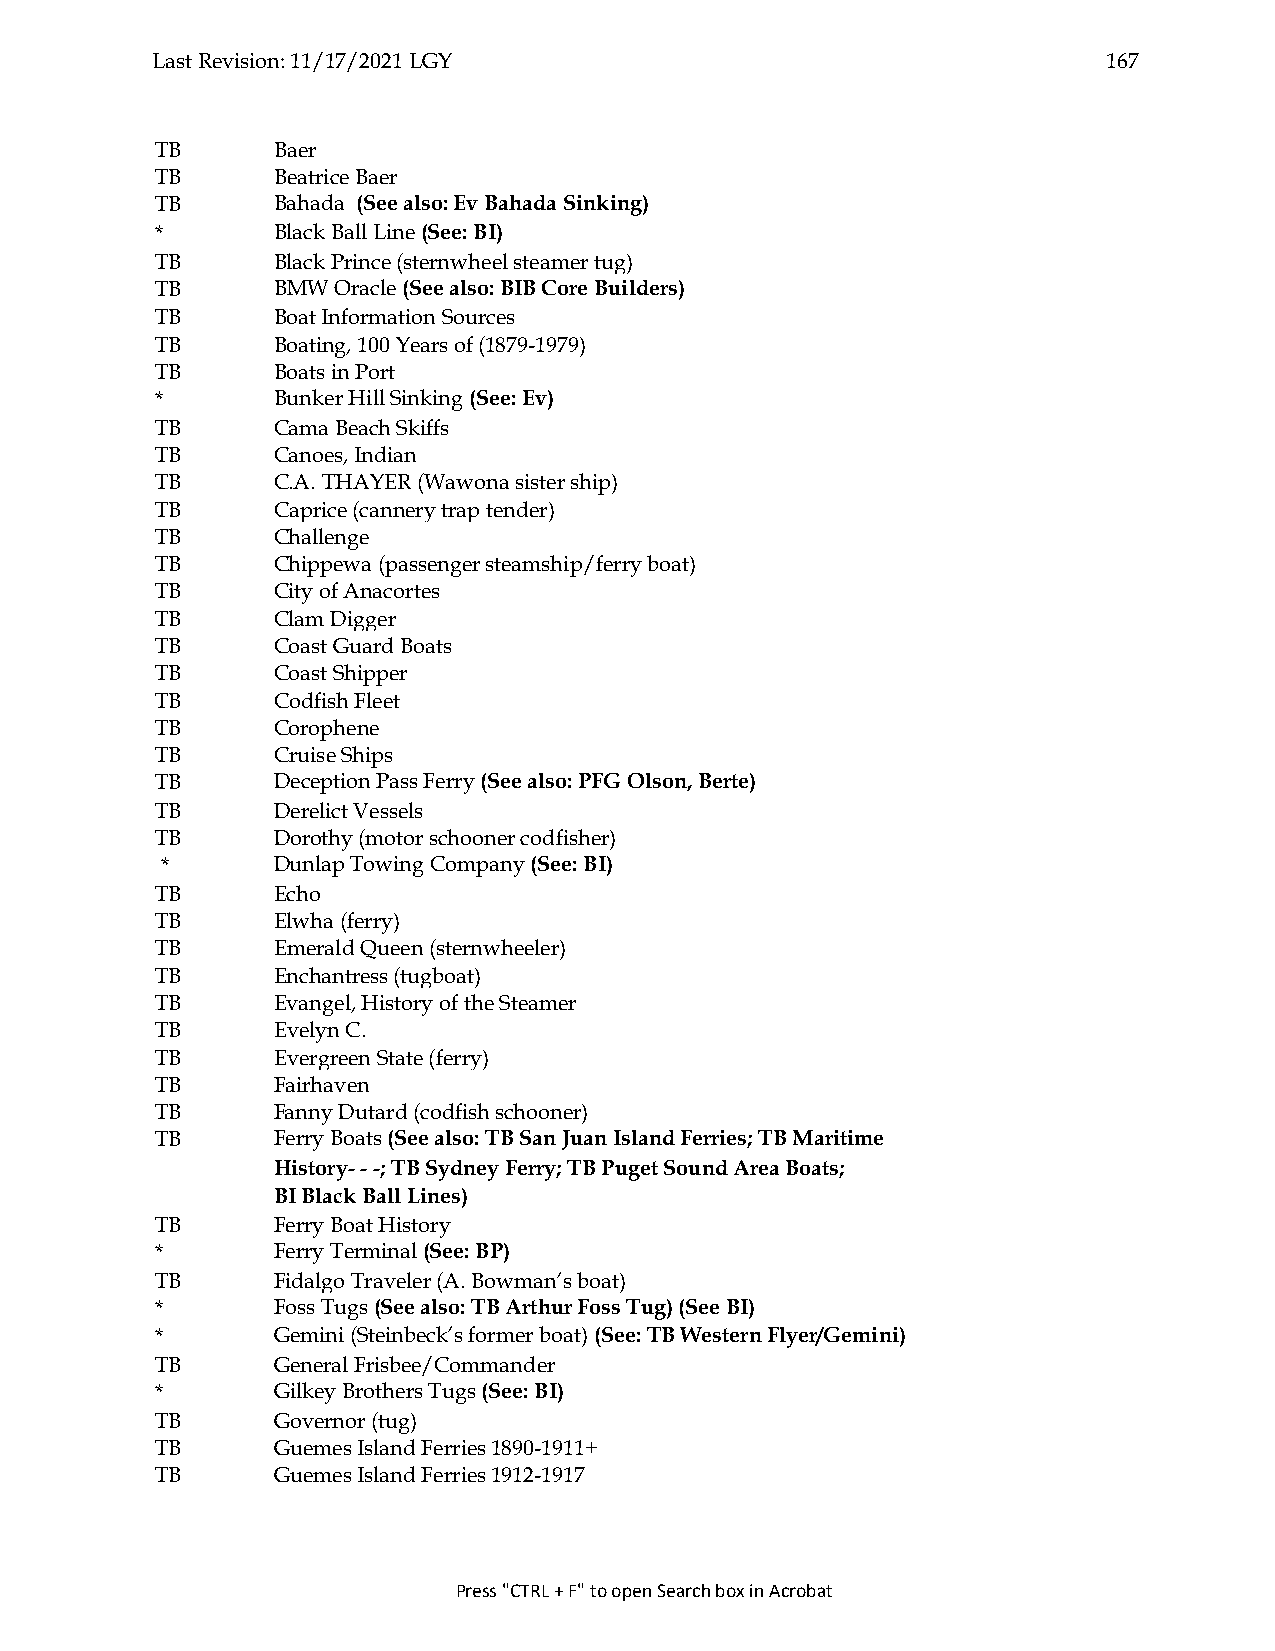
Last Revision: 11/17/2021 LGY                                  167
 TB      Baer
 TB      Beatrice Baer
 TB      Bahada (See also: Ev Bahada Sinking)
 *       Black Ball Line (See: BI)
 TB      Black Prince (sternwheel steamer tug)
 TB      BMW Oracle (See also: BIB Core Builders)
 TB      Boat Information Sources
 TB      Boating, 100 Years of (1879-1979)
 TB      Boats in Port
 *       Bunker Hill Sinking (See: Ev)
 TB      Cama Beach Skiffs
 TB      Canoes, Indian
 TB      C.A. THAYER (Wawona sister ship)
 TB      Caprice (cannery trap tender)
 TB      Challenge
 TB      Chippewa (passenger steamship/ferry boat)
 TB      City of Anacortes
 TB      Clam Digger
 TB      Coast Guard Boats
 TB      Coast Shipper
 TB      Codfish Fleet
 TB      Corophene
 TB      Cruise Ships
 TB      Deception Pass Ferry (See also: PFG Olson, Berte)
 TB      Derelict Vessels
 TB      Dorothy (motor schooner codfisher)
 *      Dunlap Towing Company (See: BI)
 TB      Echo
 TB      Elwha (ferry)
 TB      Emerald Queen (sternwheeler)
 TB      Enchantress (tugboat)
 TB      Evangel, History of the Steamer
 TB      Evelyn C.
 TB      Evergreen State (ferry)
 TB      Fairhaven
 TB      Fanny Dutard (codfish schooner)
 TB      Ferry Boats (See also: TB San Juan Island Ferries; TB Maritime
 History- - -; TB Sydney Ferry; TB Puget Sound Area Boats;
 BI Black Ball Lines)
 TB      Ferry Boat History
 *       Ferry Terminal (See: BP)
 TB      Fidalgo Traveler (A. Bowman’s boat)
 *       Foss Tugs (See also: TB Arthur Foss Tug) (See BI)
 *       Gemini (Steinbeck’s former boat) (See: TB Western Flyer/Gemini)
 TB      General Frisbee/Commander
 *       Gilkey Brothers Tugs (See: BI)
 TB      Governor (tug)
 TB      Guemes Island Ferries 1890-1911+
 TB      Guemes Island Ferries 1912-1917
 Press "CTRL + F" to open Search box in Acrobat